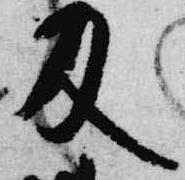
及